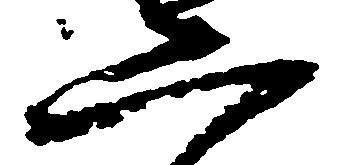
二